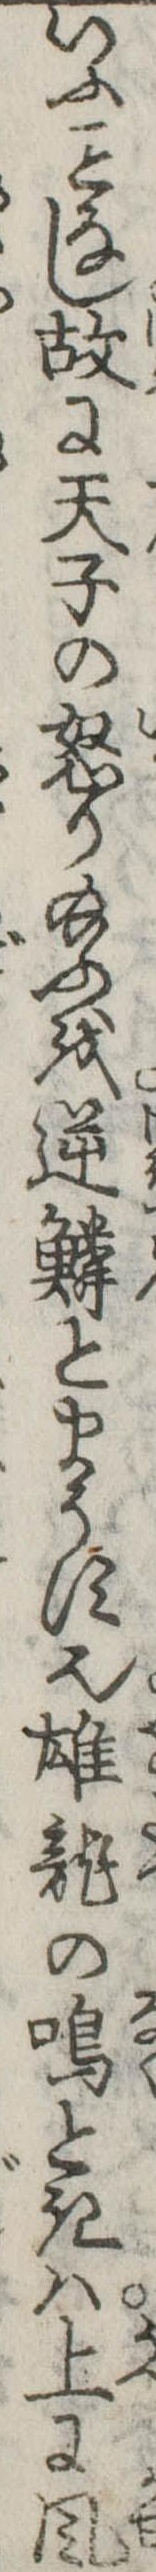
いふなし故に天子の怒り給ふを逆鱗とまうす也雄竜の鳴ときは上に風